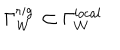
LaTeX: \Gamma _ { \cal W } ^ { r i g } \, \subset \Gamma _ { \cal W } ^ { l o c a l }